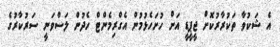
އެ ޝަކުވާ ތަކުރާރުކޮށް ޖީޕީޑީ އަށް ހުށަހެޅުމުން އެގްރިމެންޓް ހެދުން ލަސްވަނީ ސަރުކާރުގެ